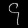
Digit: ၄